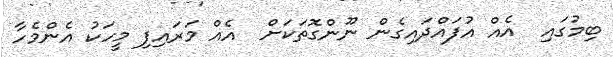
ބިމުގައި  އެއް އުފައްދައިގެން ނޫންގޮތަކަށް  އެއް މަރައިފި މީހަކު އެންމެހާ